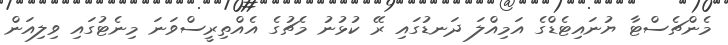
މެންޗެސްޓާ ޔުނައިޓެޑްގެ އަމިއްލަ ދަނޑުގައި ރޭ ކުޅުނު މެޗުގެ އެއްތިރީސްވަނަ މިނެޓުގައި ވިލިއަން